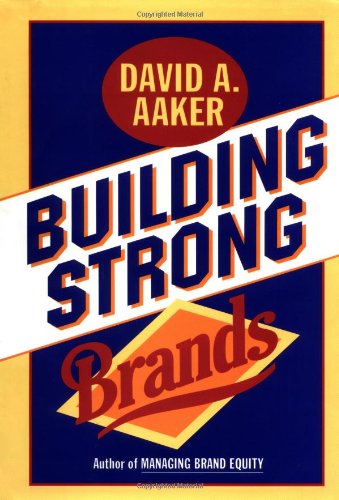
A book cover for Building Strong Brands; David A. Aaker; Business & Money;